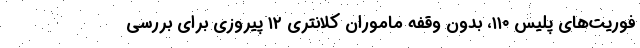
فوریت‌های پلیس ۱۱۰، بدون وقفه ماموران کلانتری ۱۲ پیروزی برای بررسی